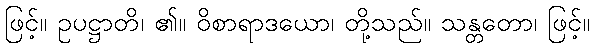
ဖြင့်။ ဥပဋ္ဌာတိ၊ ၏။ ဝိစာရာဒယော၊ တို့သည်။ သန္တတော၊ ဖြင့်။